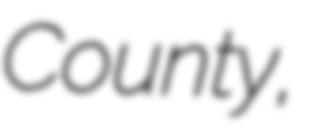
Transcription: County,